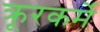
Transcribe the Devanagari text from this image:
क्रूरकर्मे